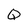
Character: Q